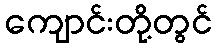
ကျောင်းတို့တွင်